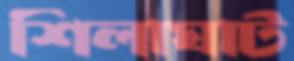
শিলাঘাট